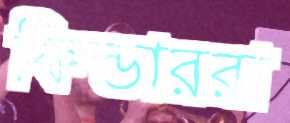
ফিল্ডাররা